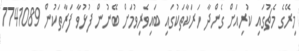
މިރޭގެ މެޗުގައި ކުރިއަށް ގެންދާ ހަރަކާތަކުގައި ބައިވެރިވުމަށް ބޭނުން ފުޅުވާ ފަރާތަކުން 7741089